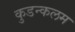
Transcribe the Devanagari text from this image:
कुडन्कलम